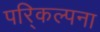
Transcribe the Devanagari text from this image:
परि्कल्पना